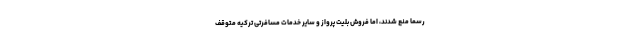
رسما منع شدند، اما فروش بلیت پرواز و سایر خدمات مسافرتی ترکیه متوقف